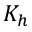
K _ { h }